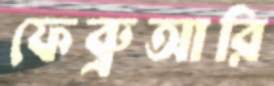
ফেব্রুআরি